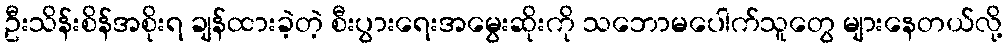
ဦးသိန်းစိန်အစိုးရ ချန်ထားခဲ့တဲ့ စီးပွားရေးအမွေးဆိုးကို သဘောမပေါက်သူတွေ များနေတယ်လို့